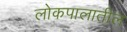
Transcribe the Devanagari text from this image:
लोकपालातील